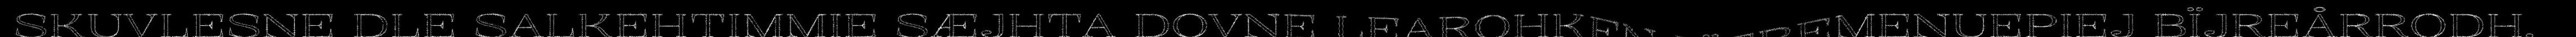
SKUVLESNE DLE SALKEHTIMMIE SÆJHTA DOVNE LEAROHKEN LÏEREMENUEPIEJ BÏJREÅRRODH,